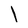
Character: I